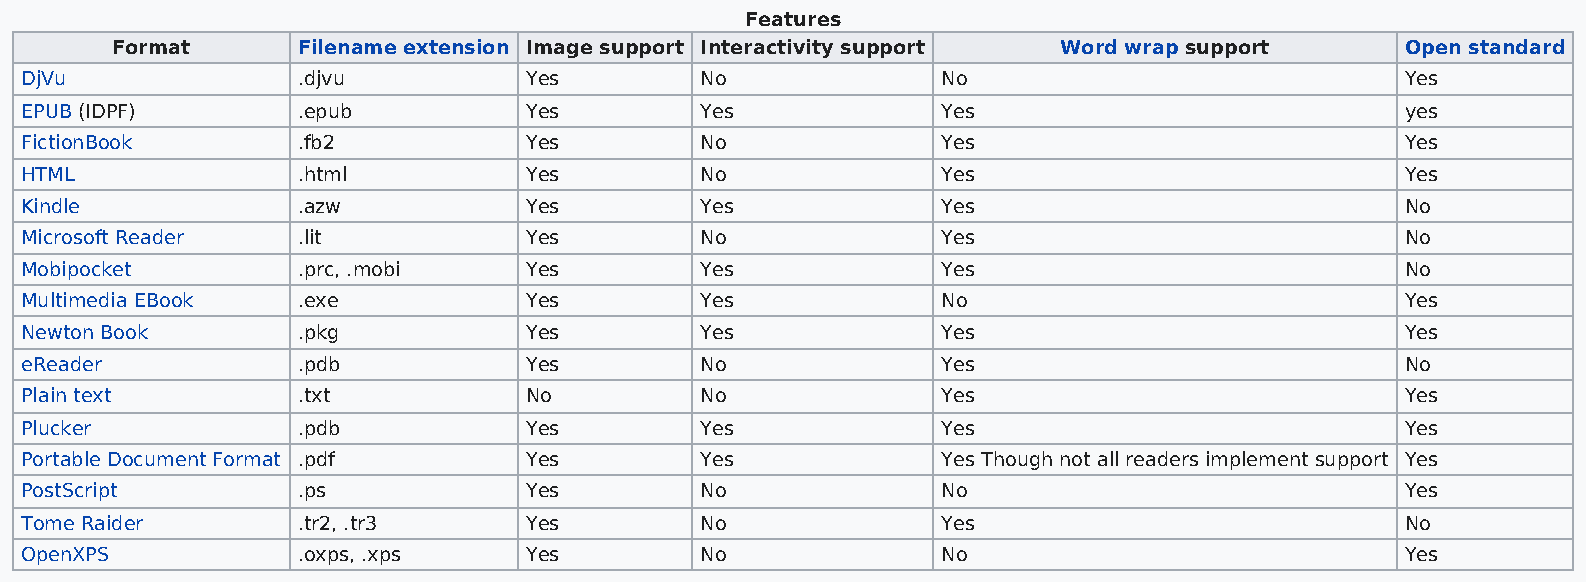
Features
 Format       Filename extension Image support Interactivity support Word wrap support Open standard
 DjVu               .djvu          Yes        No              No                             Yes
 EPUB (IDPF)        .epub          Yes        Yes             Yes                            yes
 FictionBook        .fb2           Yes        No              Yes                            Yes
 HTML               .html          Yes        No              Yes                            Yes
 Kindle             .azw           Yes        Yes             Yes                            No
 Microsoft Reader   .lit           Yes        No              Yes                            No
 Mobipocket         .prc, .mobi    Yes        Yes             Yes                            No
 Multimedia EBook   .exe           Yes        Yes             No                             Yes
 Newton Book        .pkg           Yes        Yes             Yes                            Yes
 eReader            .pdb           Yes        No              Yes                            No
 Plain text         .txt           No         No              Yes                            Yes
 Plucker            .pdb           Yes        Yes             Yes                            Yes
 Portable Document Format .pdf     Yes        Yes             Yes Though not all readers implement support Yes
 PostScript         .ps            Yes        No              No                             Yes
 Tome Raider        .tr2, .tr3     Yes        No              Yes                            No
 OpenXPS            .oxps, .xps    Yes        No              No                             Yes